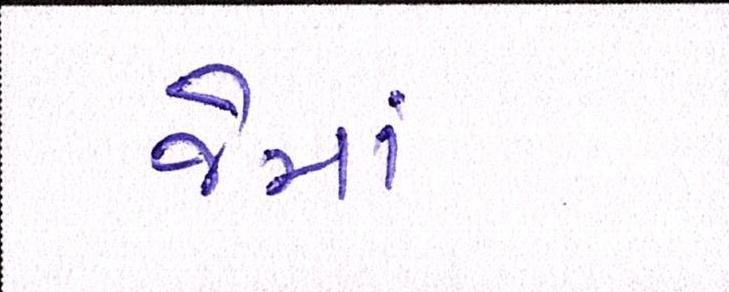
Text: જેમાં